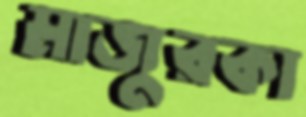
মাজুরকা